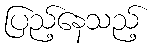
ပြည့်နေသည့်